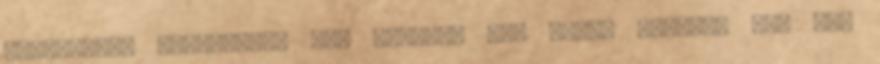
felmerült, megoldódik egy életre. Egy ügyet azonban még nem